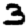
Digit: 3